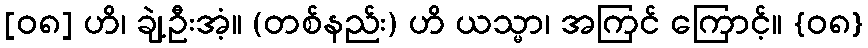
[၀၈] ဟိ၊ ချဲ့ဦးအံ့။ (တစ်နည်း) ဟိ ယသ္မာ၊ အကြင် ကြောင့်။ {၀၈}